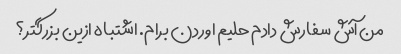
من آش سفارش دادم حلیم اوردن برام. اشتباه ازین بزرگتر؟